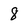
Character: 8